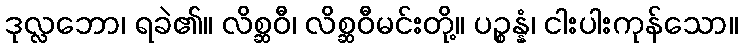
ဒုလ္လဘော၊ ရခဲ၏။ လိစ္ဆဝီ၊ လိစ္ဆဝီမင်းတို့။ ပဉ္စန္နံ၊ ငါးပါးကုန်သော။